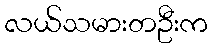
လယ်သမားတဦးက